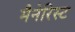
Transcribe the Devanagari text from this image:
मैनेरिस्ट